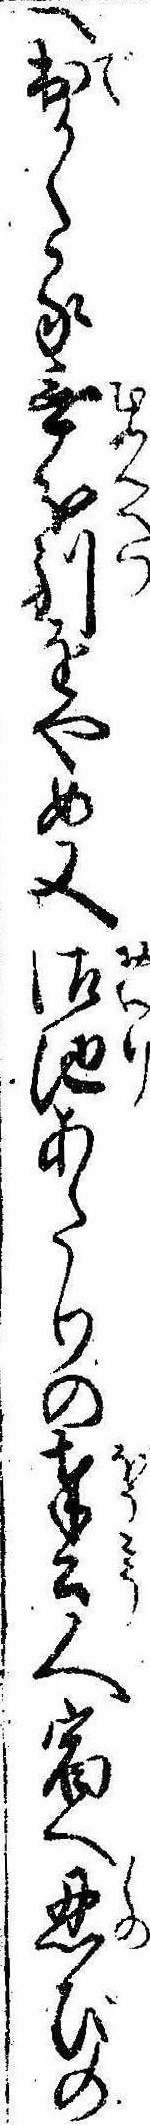
へ出かくる無分別をやめ又御池あたりの奉公人宿へ忍びの